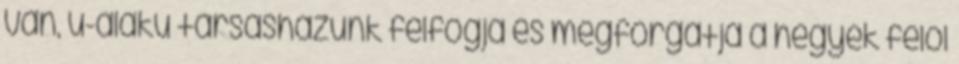
van, u-alakú társasházunk felfogja és megforgatja a hegyek felől